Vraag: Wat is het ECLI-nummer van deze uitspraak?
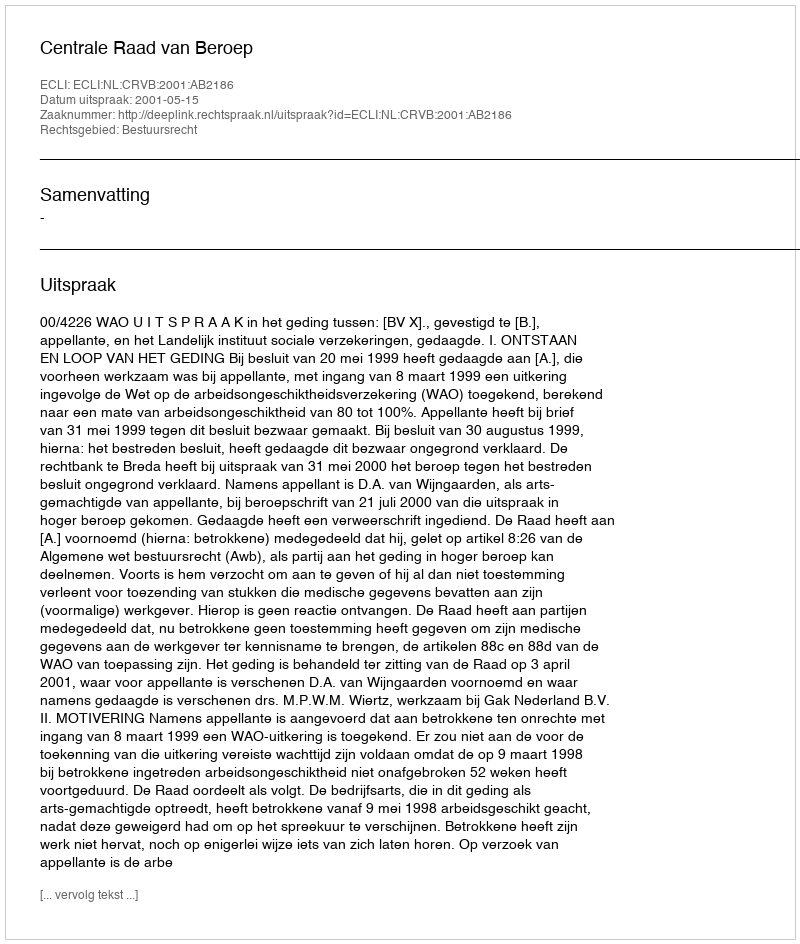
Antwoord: ECLI:NL:CRVB:2001:AB2186